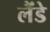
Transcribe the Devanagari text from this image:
लैंडे